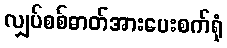
လျှပ်စစ်ဓာတ်အားပေးစက်ရုံ